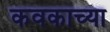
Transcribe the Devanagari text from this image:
कवकाच्या